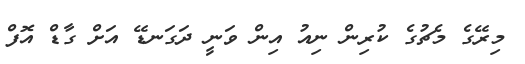
މިރޭގެ މެޗުގެ ކުރިން ނިއު އިން ވަނީ ދަގަނޑޭ އަށް ގާޑް އޮފް